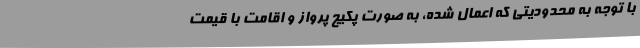
با توجه به محدودیتی که اعمال شده، به صورت پکیجِ پرواز و اقامت با قیمت